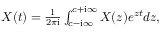
\begin{array} { r } { X ( t ) = \frac { 1 } { 2 \pi \mathrm { i } } \int _ { c - \mathrm { i } \infty } ^ { c + \mathrm { i } \infty } X ( z ) e ^ { z t } d z , } \end{array}